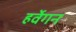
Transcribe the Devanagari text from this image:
हर्वेगन